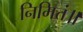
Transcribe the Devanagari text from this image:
निमित्तं॥